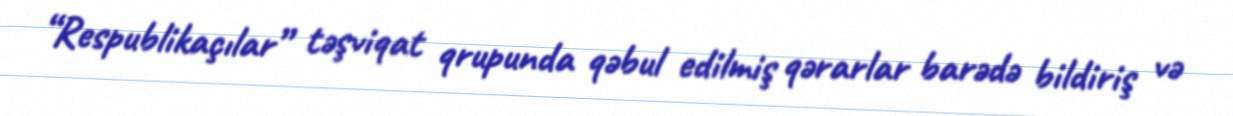
“Respublikaçılar” təşviqat qrupunda qəbul edilmiş qərarlar barədə bildiriş və